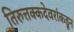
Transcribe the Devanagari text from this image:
तिरुत्तक्कदेवरांकडून